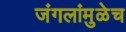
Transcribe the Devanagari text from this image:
जंगलांमुळेच